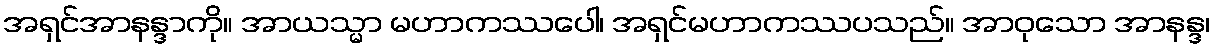
အရှင်အာနန္ဒာကို။ အာယသ္မာ မဟာကဿပေါ၊ အရှင်မဟာကဿပသည်။ အာဝုသော အာနန္ဒ၊